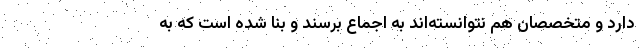
دارد و متخصصان هم نتوانسته‌اند به اجماع برسند و بنا شده است که به